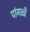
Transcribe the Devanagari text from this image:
पांगळी